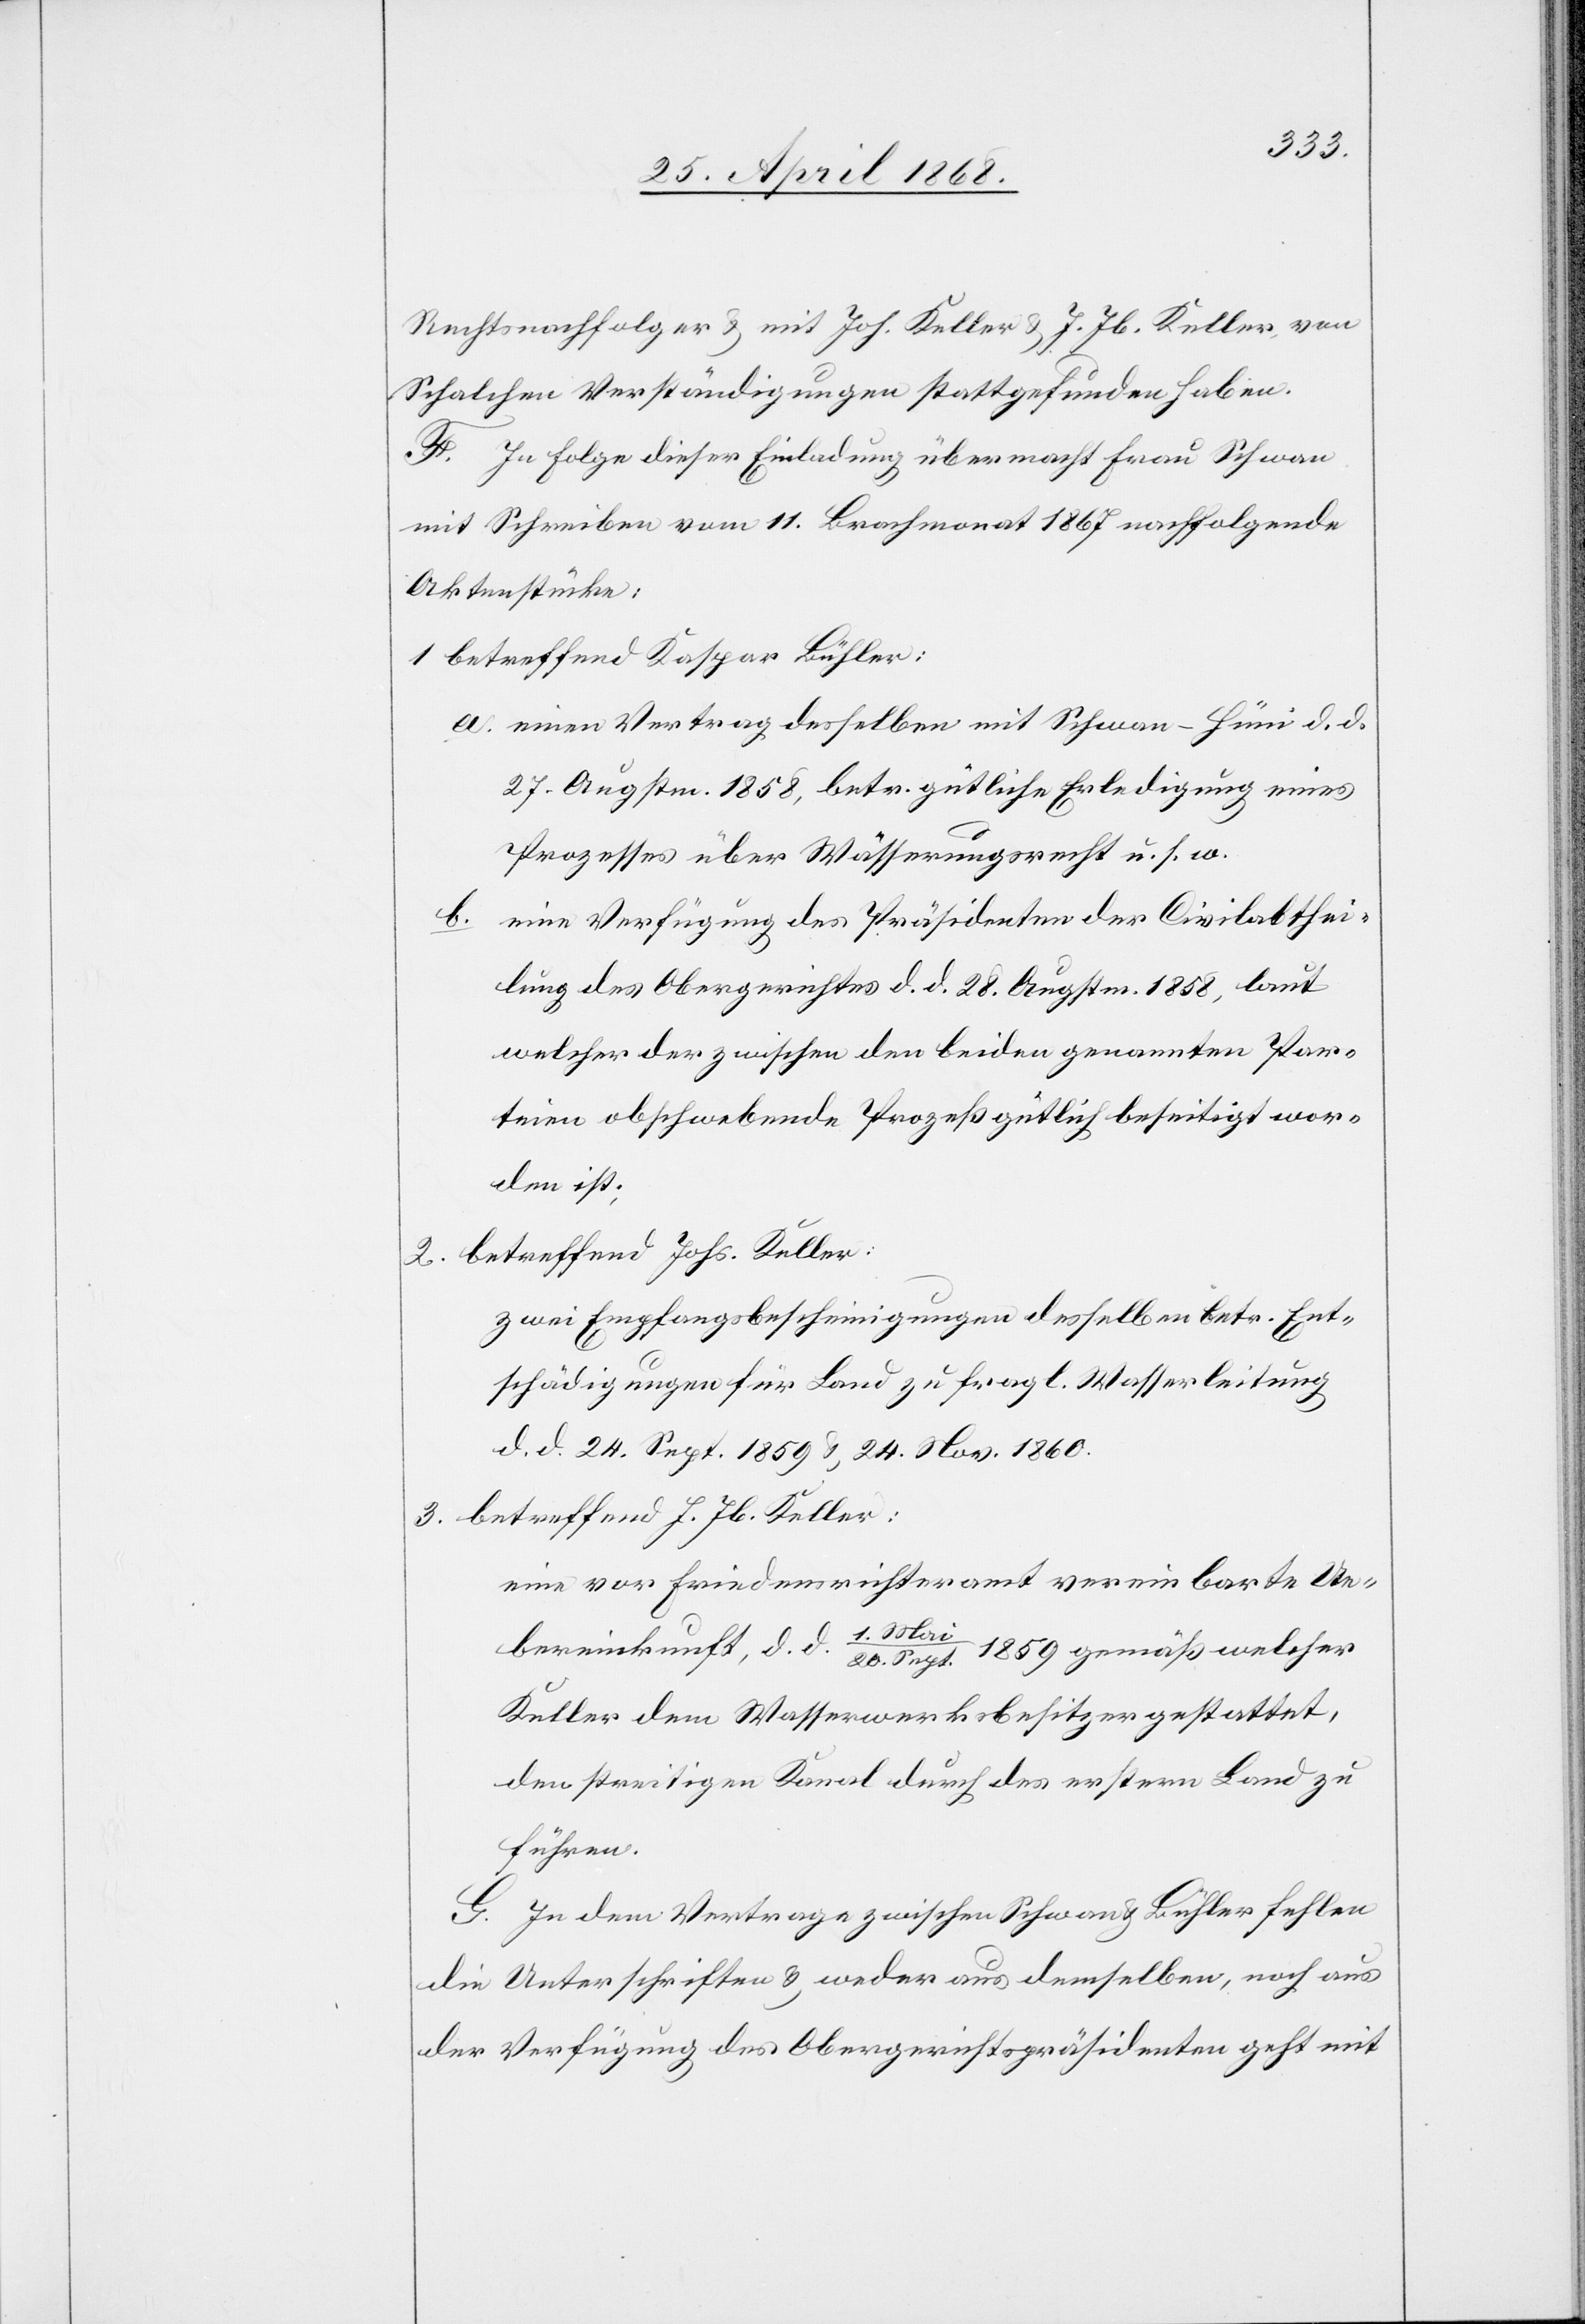
Rechtsnachfolger & mit Joh. Keller & J. Jb. Keller, von
Schalchen Verständigungen stattgefunden haben.
F. In Folge dieser Einladung übermacht Frau Schwan
mit Schreiben vom 11. Brachmonat 1867 nachfolgende
Aktenstücke:
betreffend Kaspar Bühler:
einen Vertrag desselben mit Schwan-Hüni d. d.
27. Augstm. 1858, betr. gütliche Erledigung eines
Prozesses über Wässerungsrecht u. s. w.
eine Verfügung des Präsidenten der Civilabthei¬
lung des Obergerichtes d. d. 28. Augstm. 1858, laut
welcher der zwischen den beiden genannten Par¬
teien obschwebende Prozeß gütlich beseitigt wor¬
den ist;
betreffend Johs. Keller:
zwei Empfangsbescheinigungen desselben betr. Ent¬
schädigungen für Land zu fragl. Wasserleitung
d. d. 24. Sept. 1859 & 24. Nov. 1860.
betreffend J. Jb. Keller:
eine vor Friedensrichteramt vereinbarte Ue¬
bereinkunft, d. d. 1. Mai
1859 gemäß welcher
20. Sept.
Keller dem Wasserwerksbesitzer gestattet,
den streitigen Kanal durch des erstern Land zu
führen.
G. In dem Vertrage zwischen Schwan & Bühler fehlen
die Unterschriften & weder aus demselben, noch aus
der Verfügung des Obergerichtspräsidenten geht mit